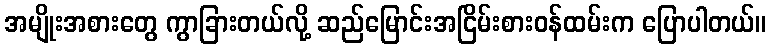
အမျိုးအစားတွေ ကွာခြားတယ်လို့ ဆည်မြောင်းအငြိမ်းစားဝန်ထမ်းက ပြောပါတယ်။